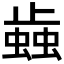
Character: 𰳐